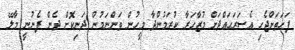
ފަހަތަށްޖެހި އެސަރަޙައްދަށް މުޒާހަރާ ކުރަމުންދާ މީހުން ވަންނަމުން ދަނިކޮށް ދެން ފެނުނީ މާލޭ